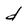
Character: d